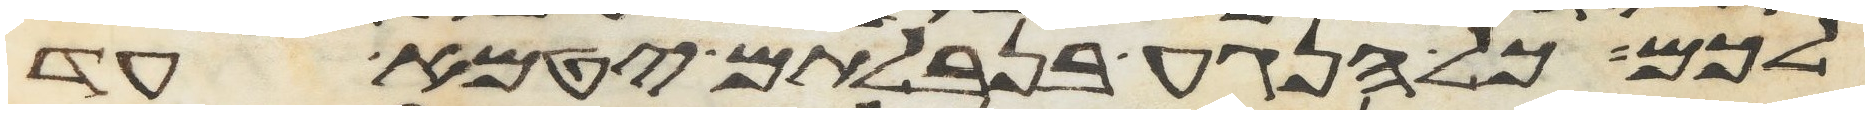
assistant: לכם כל הנגע בנבלתם יטמא עד